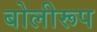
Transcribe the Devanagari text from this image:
बोलीरूप